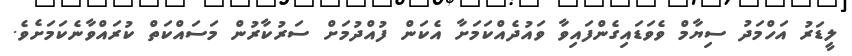
ލީޑަރު އަހްމަދު ސިޔާމް ވެވަޑައިގެންފައިވާ ވައުދެއްކަމަށާ އެކަން ފުއްދުމަށް ސަރުކާރުން މަސައްކަތް ކުރައްވާނެކަމަށެވެ.